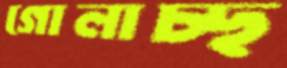
গোলাচ্ছ